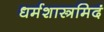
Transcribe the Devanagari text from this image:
धर्मशास्त्रमिदं